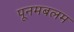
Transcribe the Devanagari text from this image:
पूनमबलम